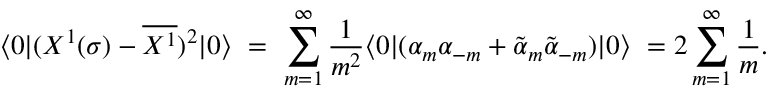
\langle 0 | ( X ^ { 1 } ( \sigma ) - \overline { { { X ^ { 1 } } } } ) ^ { 2 } | 0 \rangle \ = \ \sum _ { m = 1 } ^ { \infty } \frac { 1 } { m ^ { 2 } } \langle 0 | ( \alpha _ { m } \alpha _ { - m } + \tilde { \alpha } _ { m } \tilde { \alpha } _ { - m } ) | 0 \rangle \ = 2 \sum _ { m = 1 } ^ { \infty } \frac { 1 } { m } .